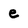
Character: e